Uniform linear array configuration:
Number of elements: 16
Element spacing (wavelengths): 0.75
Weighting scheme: hann
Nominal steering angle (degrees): -30
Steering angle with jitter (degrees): -31.548
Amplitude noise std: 0.05
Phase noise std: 0.05

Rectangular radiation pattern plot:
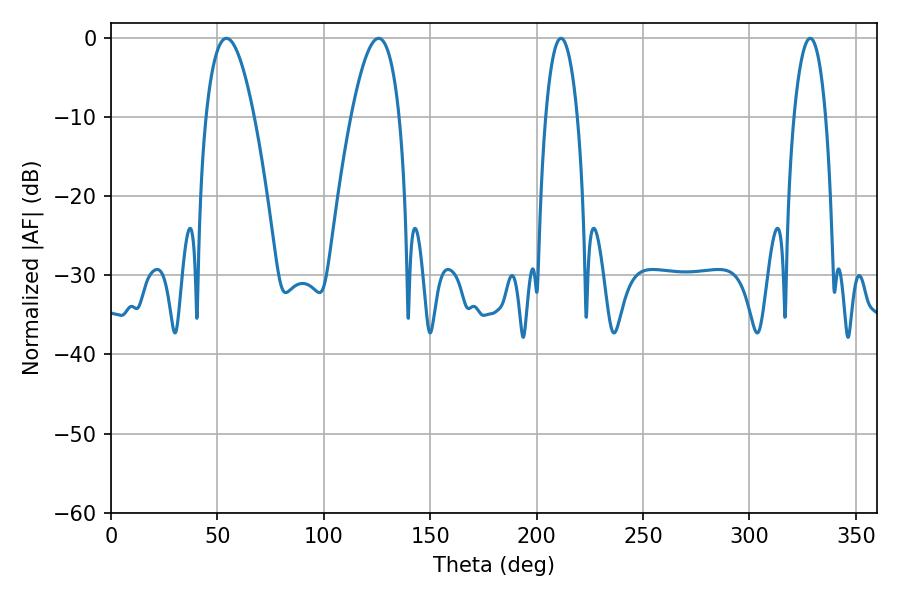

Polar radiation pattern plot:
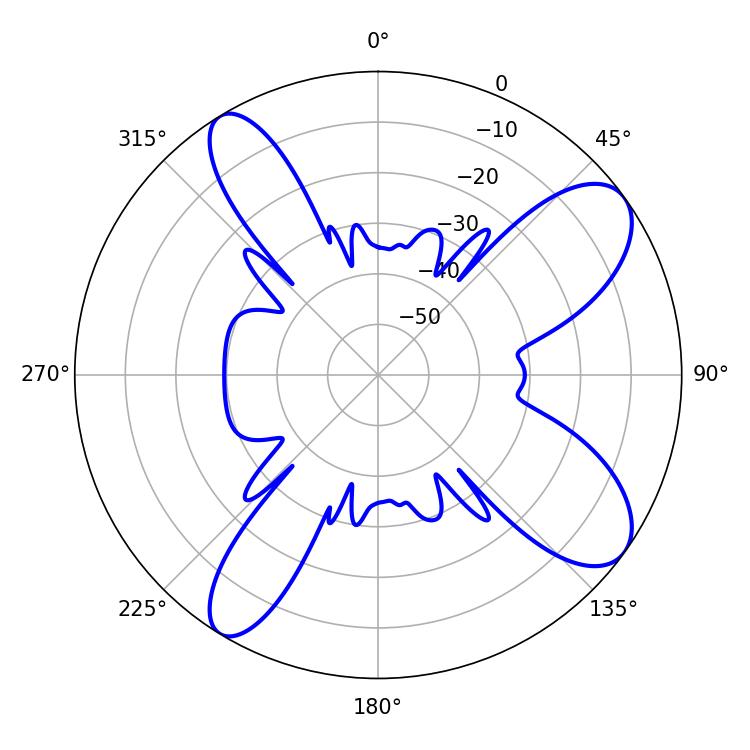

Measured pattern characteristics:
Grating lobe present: TRUE
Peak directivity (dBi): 9.612
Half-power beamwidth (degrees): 12.42
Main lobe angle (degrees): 54.18